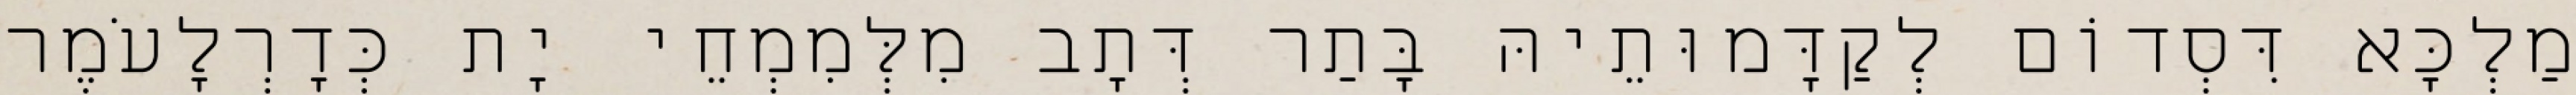
מַלְכָּא דִּסְדוֹם לְקַדָּמוּתֵיהּ בָּתַר דְּתָב מִלְּמִמְחֵי יָת כְּדָרְלָעֹמֶר